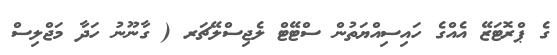
ގެ ޕްރޮޓަޒޭ އެއްގެ ހައިސިއްޔަތުން ސްޓޭޓް ލެޖިސްލޭޗަރ ( ގާނޫނު ހަދާ މަޖްލިސް